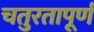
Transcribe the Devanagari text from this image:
चतुरतापूर्ण